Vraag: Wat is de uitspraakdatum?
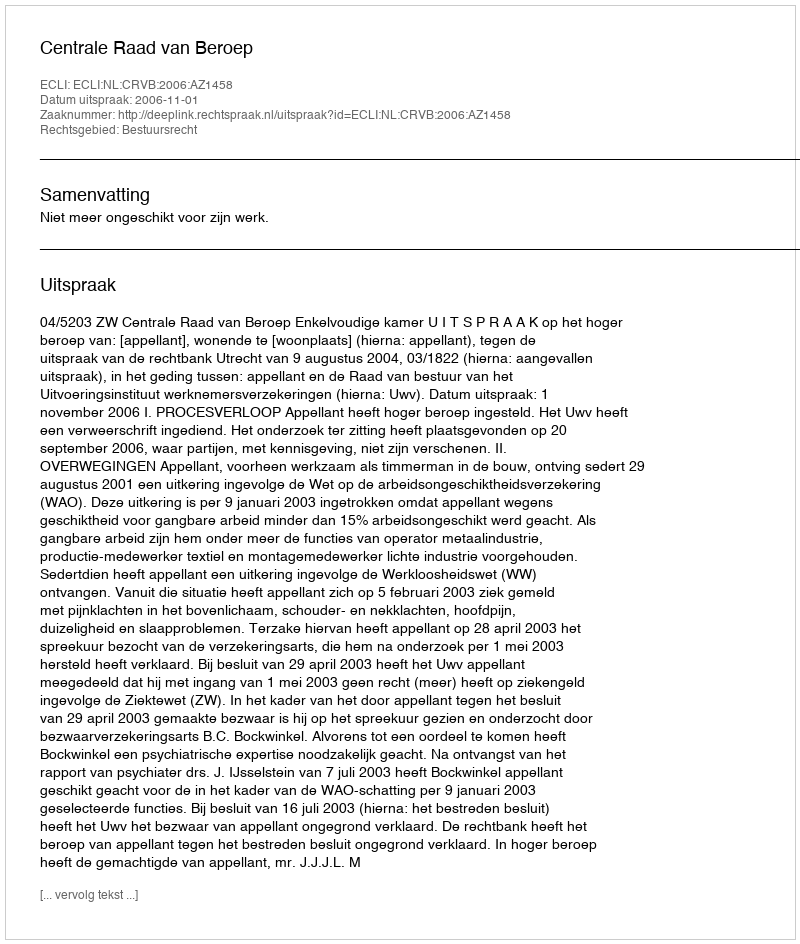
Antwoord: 2006-11-01